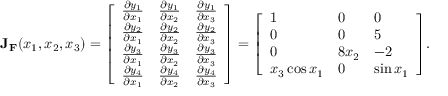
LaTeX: \mathbf { J } _ { \mathbf { F } } ( x _ { 1 } , x _ { 2 } , x _ { 3 } ) = { \left[ \begin{array} { l l l } { { \frac { \partial y _ { 1 } } { \partial x _ { 1 } } } } & { { \frac { \partial y _ { 1 } } { \partial x _ { 2 } } } } & { { \frac { \partial y _ { 1 } } { \partial x _ { 3 } } } } \\ { { \frac { \partial y _ { 2 } } { \partial x _ { 1 } } } } & { { \frac { \partial y _ { 2 } } { \partial x _ { 2 } } } } & { { \frac { \partial y _ { 2 } } { \partial x _ { 3 } } } } \\ { { \frac { \partial y _ { 3 } } { \partial x _ { 1 } } } } & { { \frac { \partial y _ { 3 } } { \partial x _ { 2 } } } } & { { \frac { \partial y _ { 3 } } { \partial x _ { 3 } } } } \\ { { \frac { \partial y _ { 4 } } { \partial x _ { 1 } } } } & { { \frac { \partial y _ { 4 } } { \partial x _ { 2 } } } } & { { \frac { \partial y _ { 4 } } { \partial x _ { 3 } } } } \end{array} \right] } = { \left[ \begin{array} { l l l } { 1 } & { 0 } & { 0 } \\ { 0 } & { 0 } & { 5 } \\ { 0 } & { 8 x _ { 2 } } & { - 2 } \\ { x _ { 3 } \cos x _ { 1 } } & { 0 } & { \sin x _ { 1 } } \end{array} \right] } .